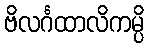
ဗိလင်္ဂထာလိကမ္ပိ